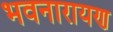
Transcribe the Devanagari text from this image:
भवनारायण